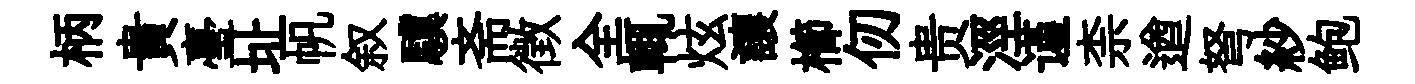
柄貴臺址帆叙驥斋徴全輒炫讓櫛仞贵涇谨柰遒弩紗鲍